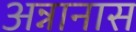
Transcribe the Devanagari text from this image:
अन्नानास